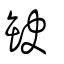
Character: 缺